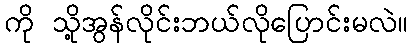
ကို သို့အွန်လိုင်းဘယ်လိုပြောင်းမလဲ။